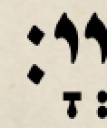
יְיָ׃